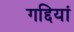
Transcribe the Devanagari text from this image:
गद्दियां